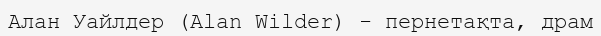
Алан Уайлдер (Alan Wilder) - пернетақта, драм